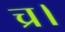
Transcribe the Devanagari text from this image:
च्र।